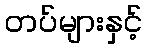
တပ်များနှင့်